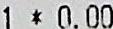
1 * 0.00